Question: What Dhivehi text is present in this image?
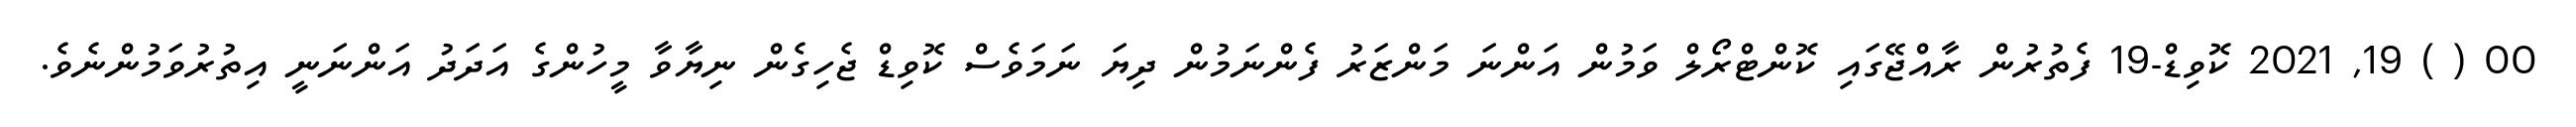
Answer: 00 ( ) 19, 2021 ކޮވިޑް-19 ފެތުރުން ރާއްޖޭގައި ކޮންޓްރޯލް ވަމުން އަންނަ މަންޒަރު ފެންނަމުން ދިޔަ ނަމަވެސް ކޮވިޑް ޖެހިގެން ނިޔާވާ މީހުންގެ އަދަދު އަންނަނީ އިތުރުވަމުންނެވެ.